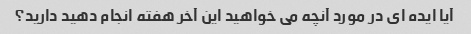
آیا ایده ای در مورد آنچه می خواهید این آخر هفته انجام دهید دارید؟